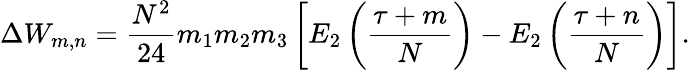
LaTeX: \Delta W_{m,n}=\frac{N^{2}}{24}m_{1}m_{2}m_{3}\left[E_{2}\left(\frac{\tau+m}{N}\right)-E_{2}\left(\frac{\tau+n}{N}\right)\right].